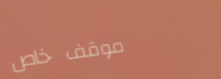
موقف خاص